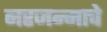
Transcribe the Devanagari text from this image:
नरजन्माचे